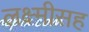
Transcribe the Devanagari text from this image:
लक्ष्मीसह